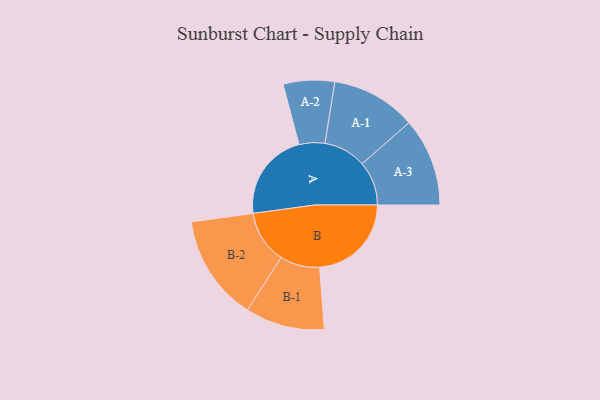
{"axis": {"x": "Segment", "y": "Value"}, "legend": ["", "A", "B"], "data": [{"x": "A", "y": 481, "type": ""}, {"x": "B", "y": 497, "type": ""}, {"x": "A-1", "y": 230, "type": "A"}, {"x": "A-2", "y": 139, "type": "A"}, {"x": "A-3", "y": 239, "type": "A"}, {"x": "B-1", "y": 215, "type": "B"}, {"x": "B-2", "y": 287, "type": "B"}]}